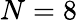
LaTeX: N=8